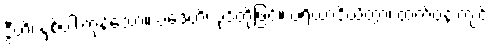
ဒွီဟိ၊ နှစ်ပါးကုန်သော။ ပဒေဟိ၊ ပုဒ်တို့ဖြင့်။ ပရိယာဒိယိတွာ၊ ထက်ဝန်းကျင်